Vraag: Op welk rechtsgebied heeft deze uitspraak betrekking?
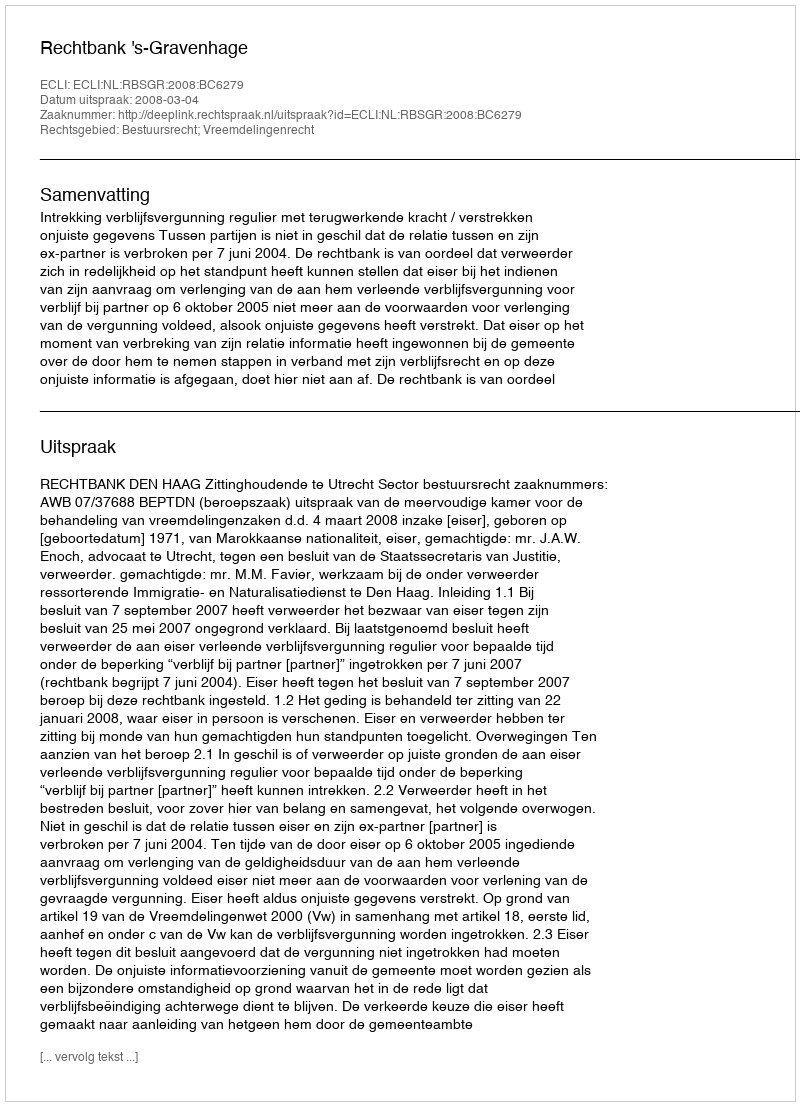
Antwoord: Bestuursrecht; Vreemdelingenrecht